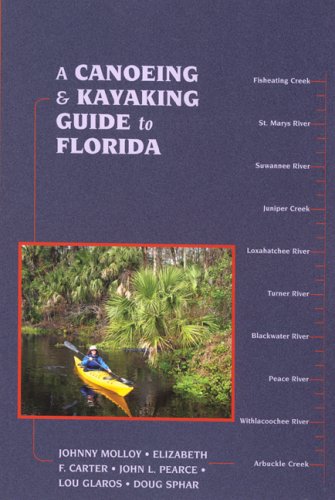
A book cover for A Canoeing and Kayaking Guide to Florida (Canoe and Kayak Series); Johnny Molloy; Travel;